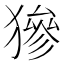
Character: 㺑